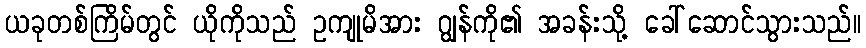
ယခုတစ်ကြိမ်တွင် ယိုကိုသည် ဥကျုမိအား ဂျွန်ကို၏ အခန်းသို့ ခေါ်ဆောင်သွားသည်။